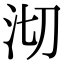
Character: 沏